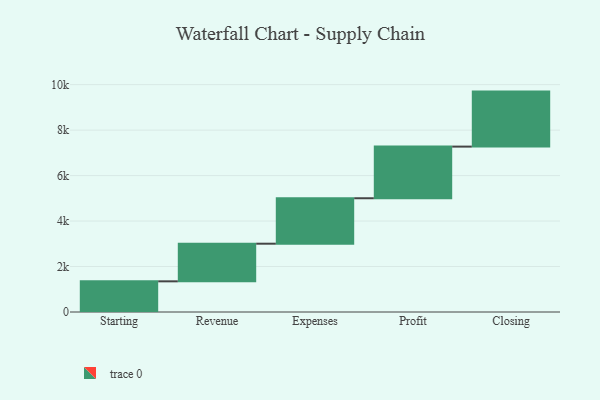
{"axis": {"x": "Step", "y": "Value"}, "legend": [""], "data": [{"x": "Starting", "y": 1349.0, "type": ""}, {"x": "Revenue", "y": 1655.0, "type": ""}, {"x": "Expenses", "y": 1999.0, "type": ""}, {"x": "Profit", "y": 2272.0, "type": ""}, {"x": "Closing", "y": 2419.0, "type": ""}]}